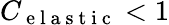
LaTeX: C_{\mathrm{~e~l~a~s~t~i~c~}}<1